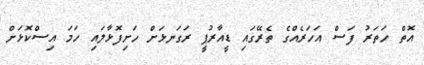
އޮތް ހަތަރު ފަސް އަހަރެއްގެ ތެރޭގައި ޑީއާރުޕީ ރަގަނޅަށް ހަށިފޮޅާލައި ހަމަ އިސްކޮޅަށް